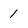
Character: 1